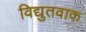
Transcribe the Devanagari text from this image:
विद्युतवाक